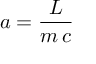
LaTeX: a = { \frac { L } { m \, c } }